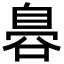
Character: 𮍛